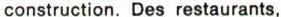
construction. Des restaurants,